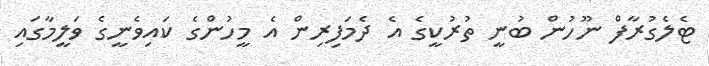
ޓެލެގުރާފް ނޫހުން ބުނީ ތުރުކީގެ އެ ދެމަފިރިން އެ މީހުންގެ ކައިވެނީގެ ވަލީމާގައި